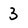
Character: 3